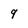
Character: 9